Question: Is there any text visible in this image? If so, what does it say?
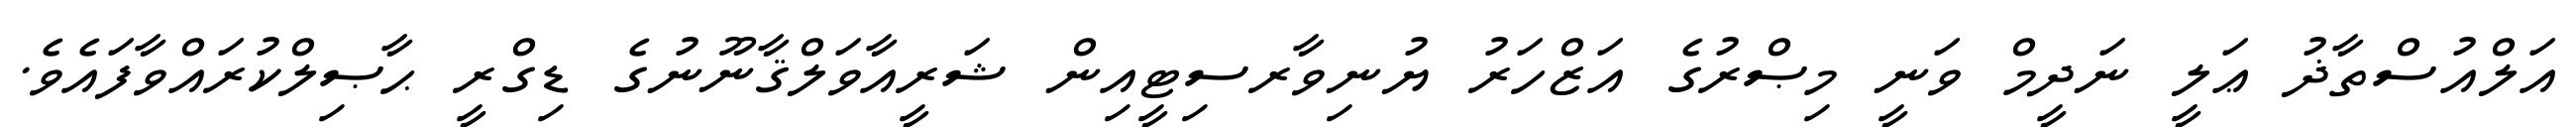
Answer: އަލްއުސްތާޛު ޢަލީ ނަދީމް ވަނީ މިޞްރުގެ އަޒްހަރު ޔުނިވާރސިޓީއިން ޝަރީއާވަލްޤާނޫނުގެ ޑިގްރީ ޙާޞިލްކުރައްވާފައެވެ.